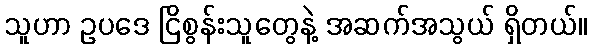
သူဟာ ဥပဒေ ငြိစွန်းသူတွေနဲ့ အဆက်အသွယ် ရှိတယ်။